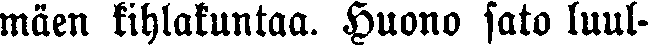
mäen kihlakuntaa. Huono sato luul-